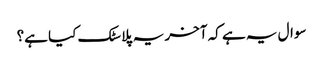
سوال یہ ہے کہ آخر یہ پلاسٹک کیا ہے؟